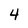
Character: 4